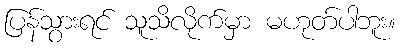
ပြန်သွားရင် သူသိလိုက်မှာ မဟုတ်ပါဘူး။